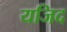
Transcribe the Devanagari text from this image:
यजिद